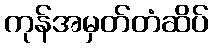
ကုန်အမှတ်တံဆိပ်